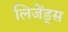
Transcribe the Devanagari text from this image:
लिजेंड्स